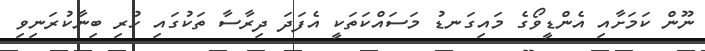
ނޫން ކަމަށާއި އެންޑީވޯގެ މައިގަނޑު މަސައްކަތަކީ އެފަދަ ދިރާސާ ތަކުގައި ހުރި ބިނާކުރަނިވި